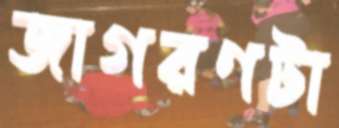
জাগরণটা